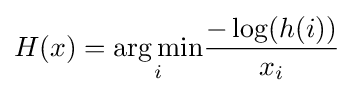
H(x)={\underset {i}{\operatorname {arg\,min} }}{\frac {-\log(h(i))}{x_{i}}}